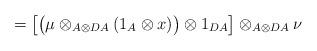
LaTeX: \begin{align*}= \big[ \big(\mu \otimes _{A\otimes DA} (1_A \otimes x)\big)\otimes 1_{DA} \big]\otimes _{A\otimes DA} \nu\end{align*}